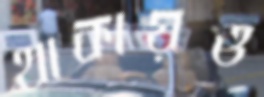
থাকায়ও